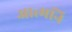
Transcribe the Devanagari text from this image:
आत्मनि